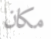
مكان